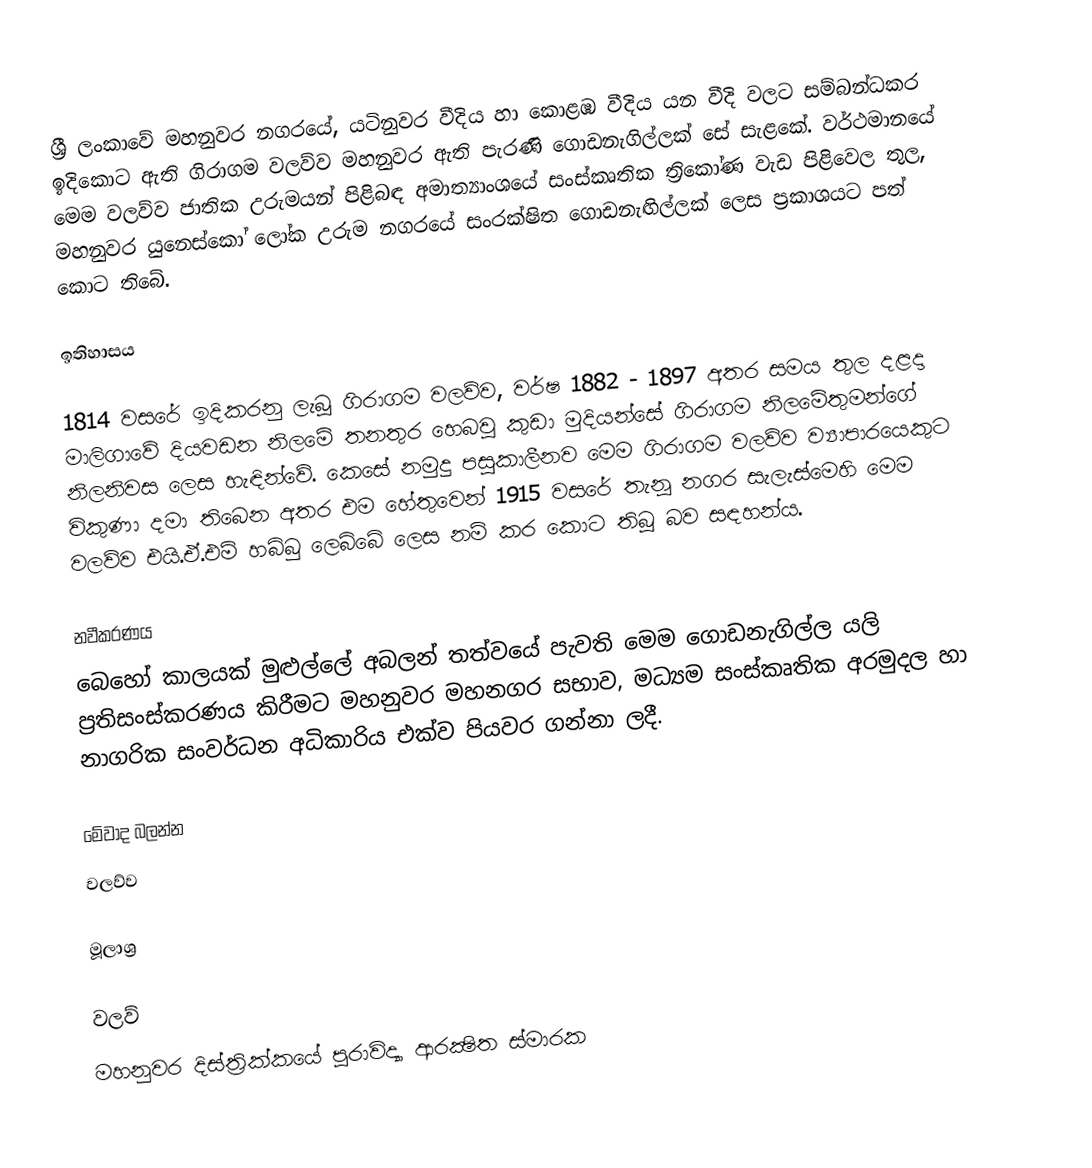
ශ්‍රී ලංකාවේ මහනුවර නගරයේ, යටිනුවර වීදිය හා කොළඹ වීදිය යන වීදි වලට සම්බන්ධකර ඉදිකොට ඇති ගිරාගම වලව්ව මහනුවර ඇති පැරණි ගොඩනැගිල්ලක් සේ සැළකේ. වර්ථමානයේ මෙම වලව්ව ජාතික උරුමයන් පිළිබඳ අමාත්‍යාංශයේ සංස්‌කෘතික ත්‍රිකෝණ වැඩ පිළිවෙල තුල, මහනුවර යුනෙස්‌කෝ ලෝක උරුම නගරයේ සංරක්‌ෂිත ගොඩනැඟිල්ලක්‌ ලෙස ප්‍රකාශයට පත් කොට තිබේ.

ඉතිහාසය

1814 වසරේ ඉදිකරනු ලැබූ ගිරාගම වලව්ව, වර්ෂ 1882 - 1897 අතර සමය තුල දළදා මාලිගාවේ දියවඩන නිලමේ තනතුර හෙබවූ කුඩා මුදියන්සේ ගිරාගම නිලමේතුමන්ගේ නිලනිවස ලෙස හැඳින්වේ. කෙසේ නමුදු පසුකාලීනව මෙම ගිරාගම වලව්ව ව්‍යාපාරයෙකුට විකුණා දමා තිබෙන අතර එම හේතුවෙන් 1915 වසරේ තැනූ නගර සැලැස්මෙහි මෙම වලව්ව එයි.ඒ.එම් හබිබු ලෙබ්බේ ලෙස නම් කර කොට තිබූ බව සඳහන්ය.

නවීකරණය
බෙහෝ කාලයක් මුළුල්ලේ අබලන් තත්වයේ පැවති මෙම ගොඩනැගිල්ල යලි ප්‍රතිසංස්කරණය කිරීමට මහනුවර මහනගර සභාව, මධ්‍යම සංස්කෘතික අරමුදල හා නාගරික සංවර්ධන අධිකාරිය එක්ව පියවර ගන්නා ලදී.

මේවාද බලන්න
වලව්ව

මූලාශ්‍ර

වලව්
මහනුවර දිස්ත්‍රික්කයේ පුරාවිද්‍යා ආරක්‍ෂිත ස්මාරක